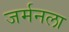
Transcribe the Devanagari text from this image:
जर्मनला